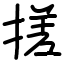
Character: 搓